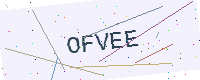
Text: OFVEE